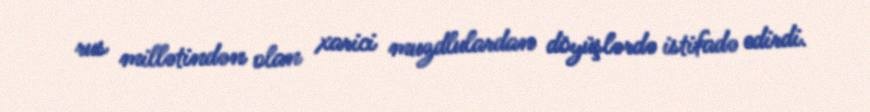
rus millətindən olan xarici muzdlulardan döyüşlərdə istifadə edirdi.